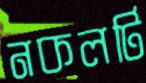
নকলটি